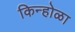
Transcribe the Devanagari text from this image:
किन्होळा